Civil Veterinary Department. United Provinces 1923-31 - 1923-1931
Year: 1923
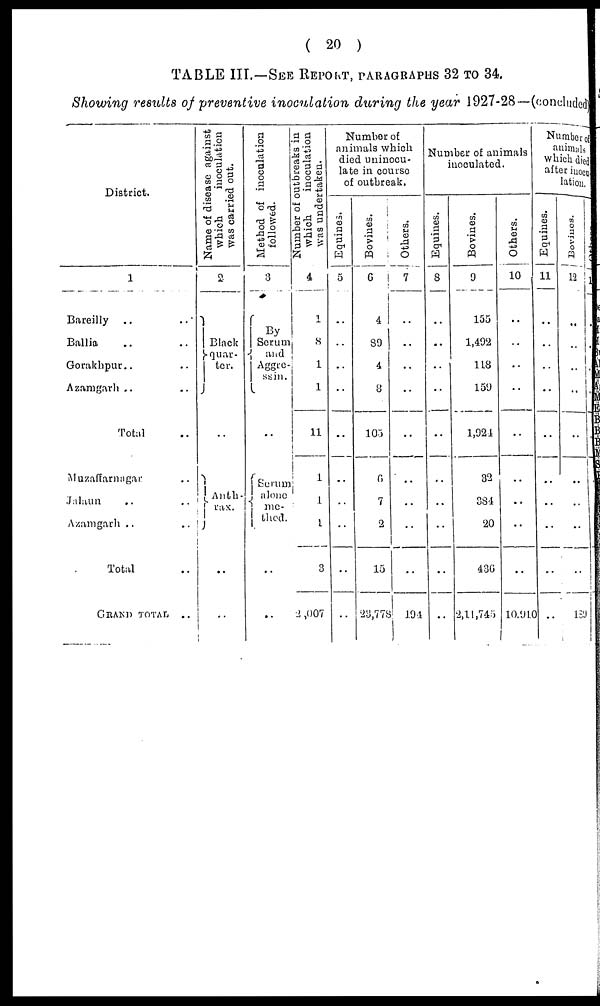
(20)
TABLE III.—SEE REPORT, PATAGRAPHS 32 TO 34.
Showing results of preventive inoculation during the year 1927-28—(concluded)
District.
1
Bareilly .. ..
Ballia .. ..
Gorakhpur.. ..
Azamgarh .. ..
Total ..
Muzaffarnagar ..
Jalaun
.. ..
Azamgarh .. ..
Total ..
GRAND
TOTAL ..
Name of disease against
which
inoculation
was carried out.
2
Black
quar-
ter.
..
Auth-
rax.
..
..
Method of inoculation
followed.
3
By
Serum
and
Aggre-
ssin.
..
Serum
alone
me-
thod.
..
..
Number of outbreaks in
which
inoculation
was undertaken.
4
1
8
1
1
11
1
1
1
3
2 ,007
Number of
animals which
died uninocu-
late in course
of outbreak.
Equines.
5
..
..
..
..
..
..
..
..
..
..
Bovines.
6
4
89
4
8
103
6
7
2
15
23,778
Others.
7
..
..
..
..
..
..
..
..
..
194
Number of animals
inoculated.
Equines.
8
..
..
..
..
..
..
..
..
..
..
Bovines.
9
155
1,492
118
159
1,921
32
384
20
436
2,11,745
Others.
10
..
..
..
..
..
..
..
..
..
10,910
Number of
animals
which died
after inocu
lation.
Equines.
11
..
..
..
..
..
..
..
..
..
Bovines.
12
..
..
..
..
..
..
..
..
..
139